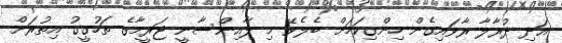
އަދި ދުރާލާ ރާވައިގެން ހިންގިކަމަށް ބެލެވޭ މި ލާއިންސާނީ ޖަރީމާގެ ތަހުގީގު އިތުރަށް